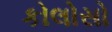
કોલોસો